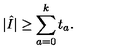
| \hat { I } | \geq \sum _ { a = 0 } ^ { k } t _ { a } .